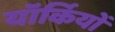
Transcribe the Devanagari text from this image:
यॉर्कियों